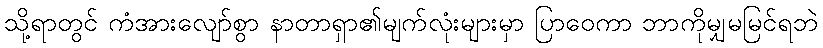
သို့ရာတွင် ကံအားလျော်စွာ နာတာရှာ၏မျက်လုံးများမှာ ပြာဝေကာ ဘာကိုမျှမမြင်ရဘဲ